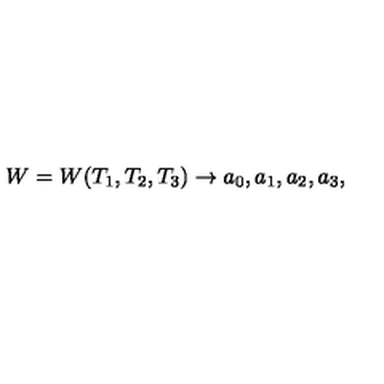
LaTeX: W = W ( T _ { 1 } , T _ { 2 } , T _ { 3 } ) \rightarrow a _ { 0 } , a _ { 1 } , a _ { 2 } , a _ { 3 } ,